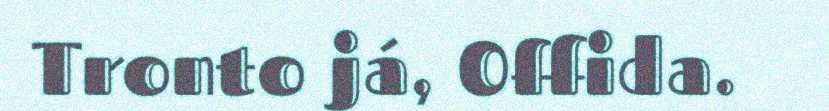
Tronto já, Offida.